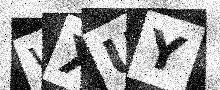
Text: WXUY